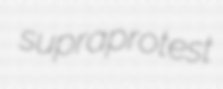
supraprotest